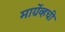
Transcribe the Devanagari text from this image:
मार्ग्रेव्हची